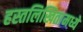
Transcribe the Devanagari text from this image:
हस्तलिखितामध्ये